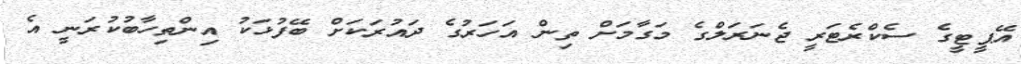
އޭޕީޓީގެ ސެކްރެެޓަރީ ޖެނަރަލްގެ މަގާމަށް ތިން އަހަރުގެ ދައުރަަކަށް ބޭފުޅަކު އިންތިހާބުކުރަނީ އެ